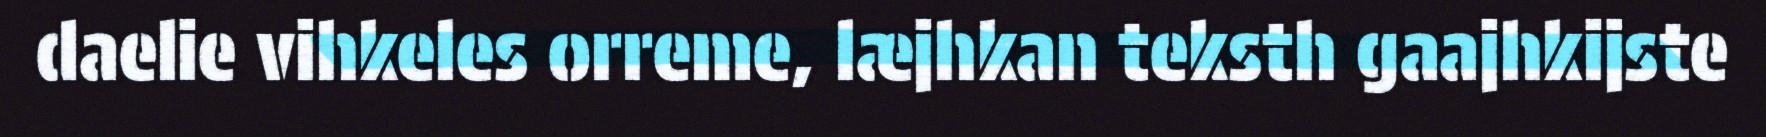
daelie vihkeles orreme, læjhkan teksth gaajhkijste